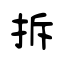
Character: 拆